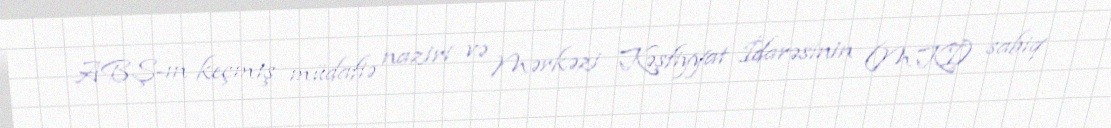
ABŞ-ın keçmiş müdafiə naziri və Mərkəzi Kəşfiyyat İdarəsinin (MKİ) sabiq